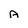
Character: A